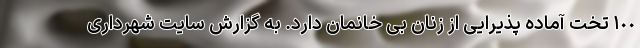
١٠٠ تخت آماده پذیرایی از زنان بی خانمان دارد. به گزارش سایت شهرداری